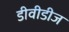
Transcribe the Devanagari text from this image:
डीवीडीज